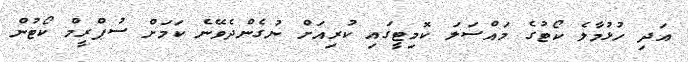
އަދި ހުޅުމާލެ ކޯޓުގެ މައްސަލަ ކޮމިޓީގައި ކުރިއަށް ނުގެންދެވޭނެ ކަމަށް ސުޕްރީމް ކޯޓުން